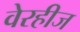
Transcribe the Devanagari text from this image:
वेरहीज